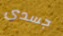
جسدى